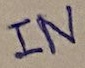
Text: IN